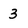
Character: 3